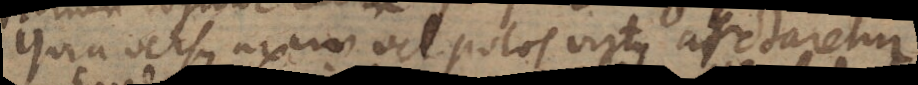
quia versus axem vel polos virtus arctaretur